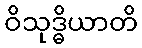
ဝိသုဒ္ဓိယာတိ